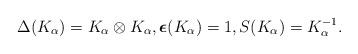
LaTeX: \begin{gather*} \Delta(K_\alpha )= K_\alpha \otimes K_\alpha , {\boldsymbol \epsilon} (K_\alpha )=1, S(K_\alpha ) = K_{\alpha }^{-1}.\end{gather*}